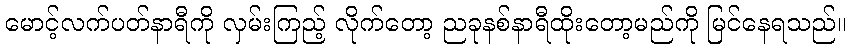
မောင့်လက်ပတ်နာရီကို လှမ်းကြည့် လိုက်တော့ ညခုနစ်နာရီထိုးတော့မည်ကို မြင်နေရသည်။